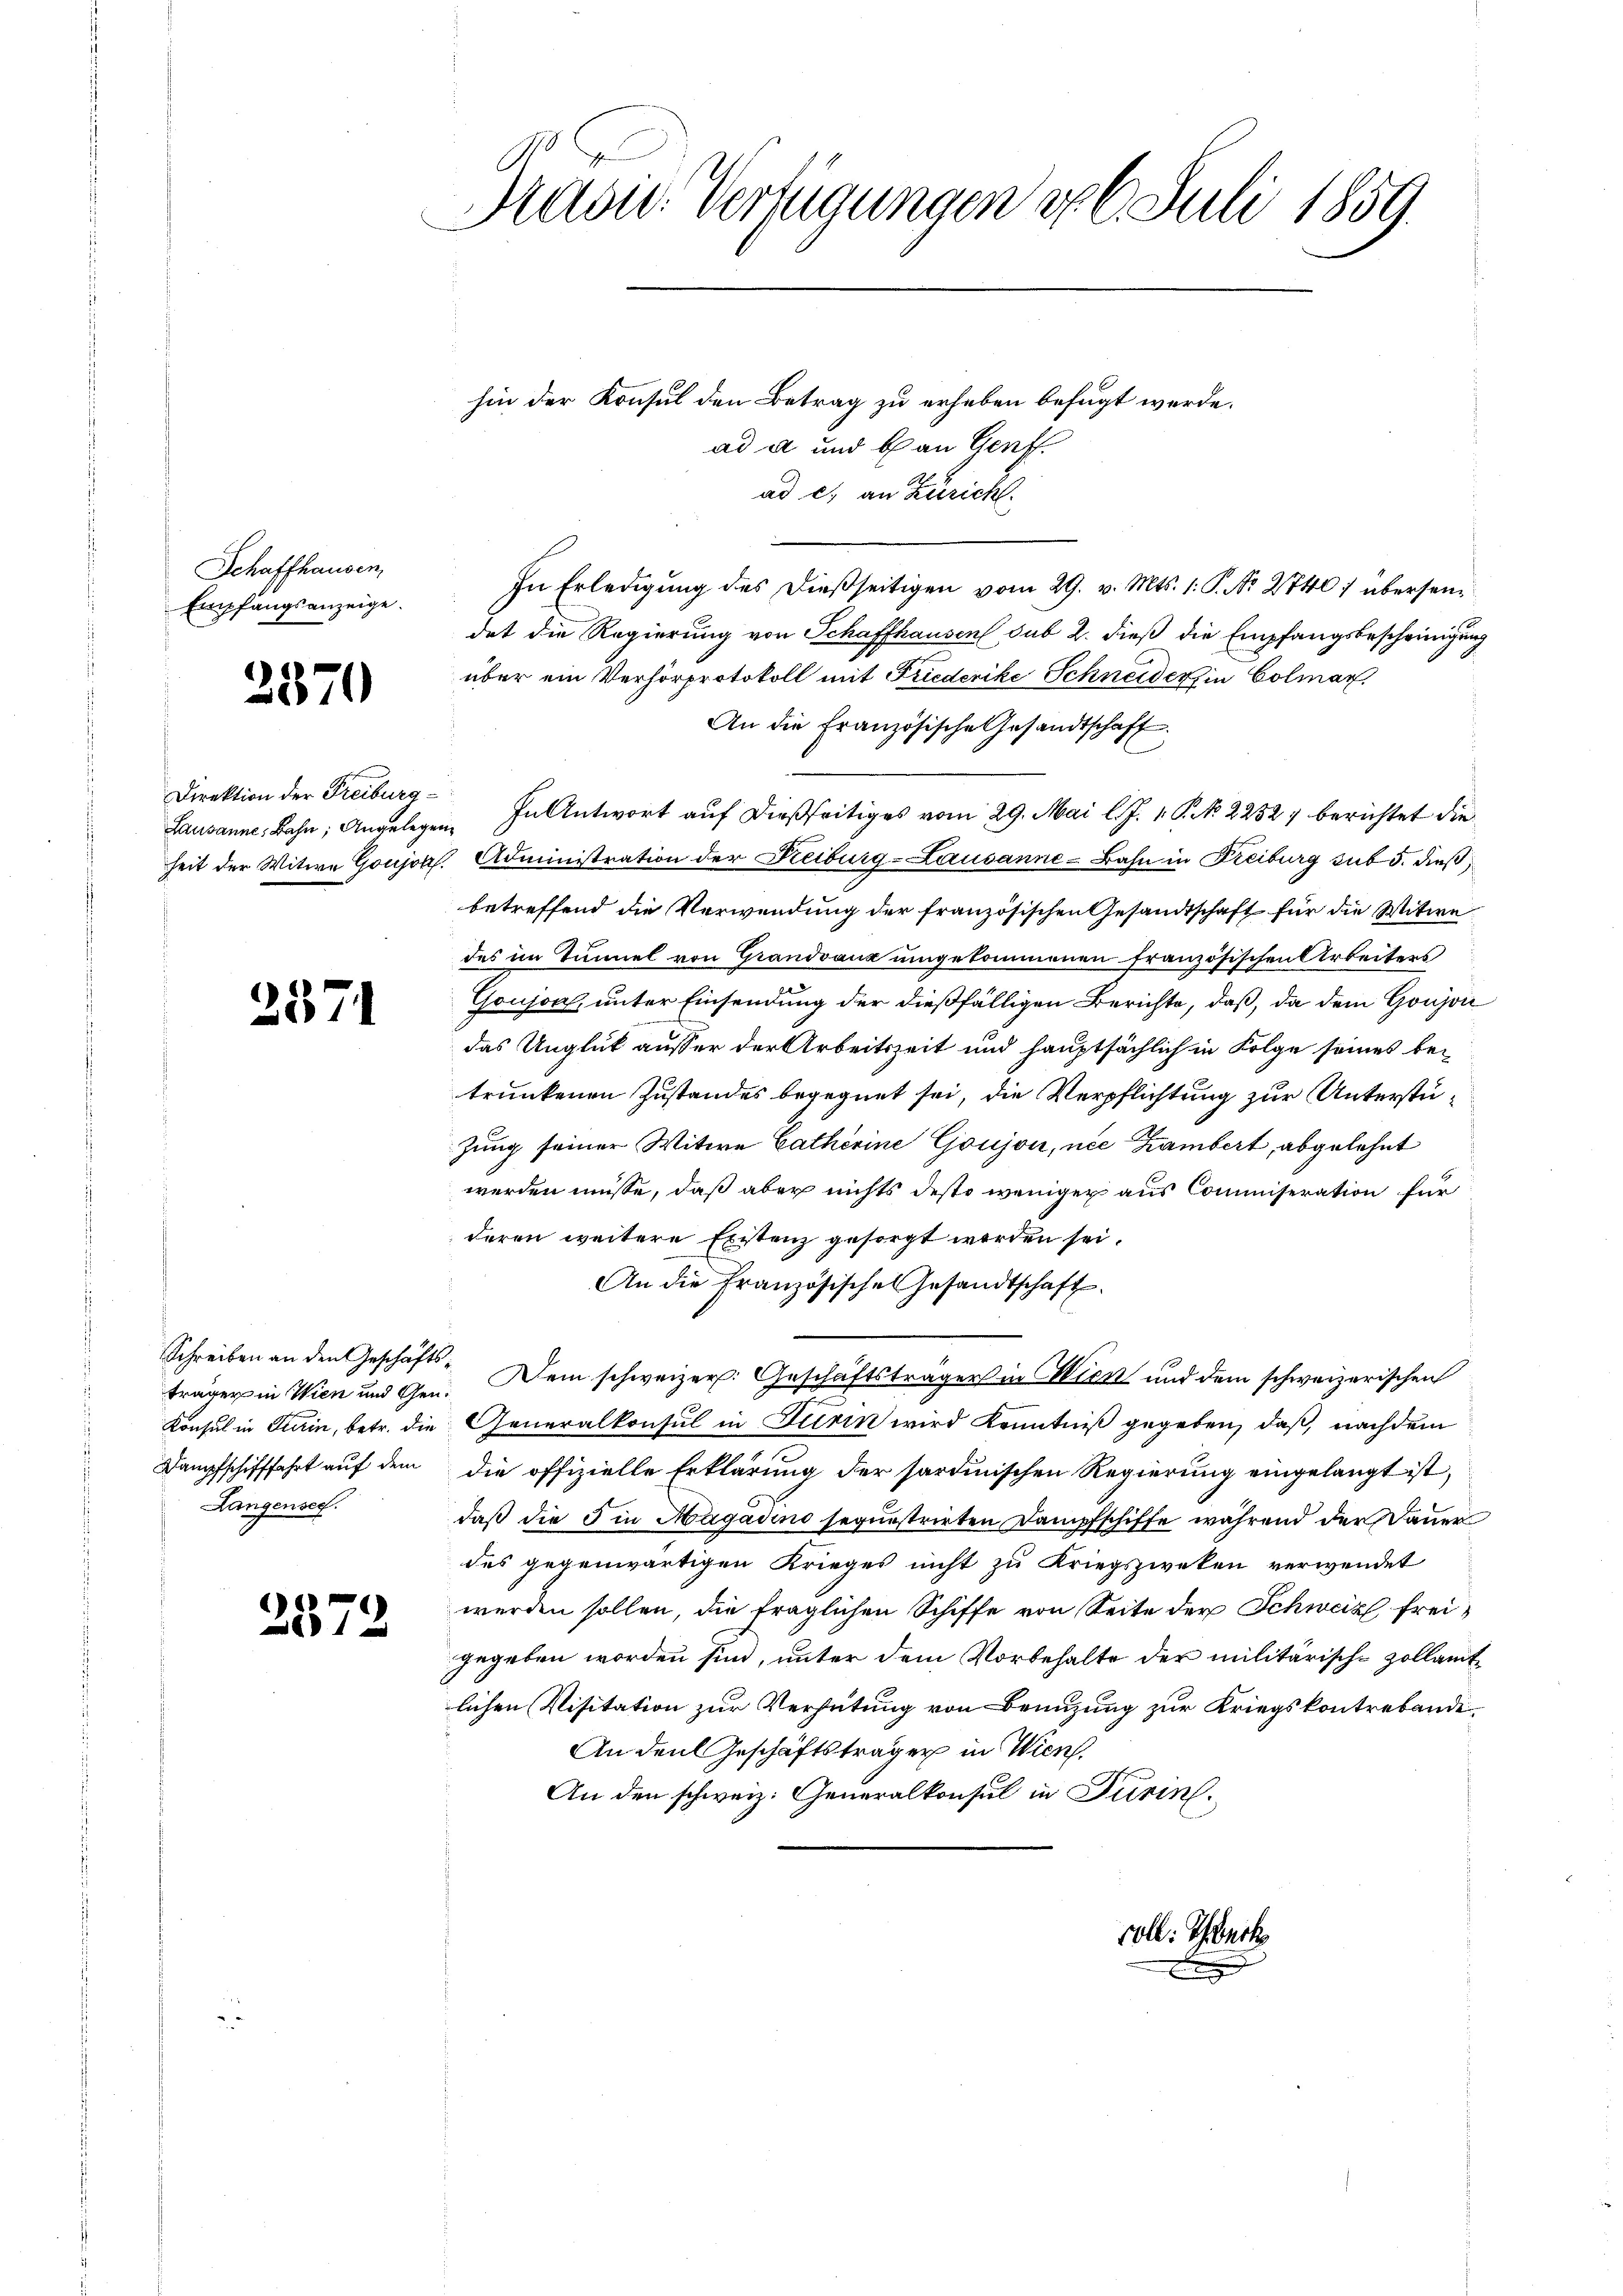
Schaffhausen,
Empfangsanzeige.

2370

257

Direktion der Freiburg
Lausanne, Bahn; Angelegen
heit der Witwe Goujsal.

574

träger in Wien und Gen.
Konsul in Turin, betr. die
Dampfschifffahrt auf dem
Langensee.

.

Masw. Verfügungen do 6. Juli 1859.

hin der Konsul den Betrag zu erheben befugt werde.
ad a und b. an Genf.
ad c) an Züricht.
In Erledigung des dießseitigen vom 29. v. Mts. 1. P. Nr. 2740; übersendet die Regierung von Schaffhausen sub 2. dieß die Empfangsbescheinigung
über ein Verhörprotokoll mit Friederike Schneiders in Colmar
An die Französische Gesandtschaft.
In Antwort auf dießseitiges vom 29. Mai l. J. v. P. N. 2232 berichtet die
 Administration der Reiburg-Lausanne-Bahn in Freiburg sub 5. dieß,
betreffend die Verwendung der französischen Gesandtschaft für die Witwe
des im Tunnel von Grandvanz umgekommenen französischen Arbeiters
Goujod, unter Einsendung der dießfälligen Berichte, daß, da dem Goujon
das Unglük ausser der Arbeitszeit und hauptsächlich in Folge seines betrunkenen Zustandes begegnet sei, die Verpflichtung zur Unterstüzung seiner Witwe Catherine Goujon, nee Kambert, abgelehnt
werden müsse, daß aber nichts desto weniger aus Commiseration für
deren weitere Existenz gesorgt werden sei.
An die französisches Gesandtschaft.
Schreiben an den Geschäfts¬ Dem schweizer. Geschäftsträger in Wien und dem schweizerischen
Generalkonsul in Turin wird Kenntniß gegeben, daß, nachdem
die offizielle Erklärung der sardinischen Regierung eingelangt ist,
daß die 3 in Hagadino sequestrirten Dampfschiffe während der Dauer
des gegenwärtigen Krieges nicht zu Kriegszweken verwendet
werden sollen, die fraglichen Schiffe von Seite der Schweiz freigegeben worden sind, unter dem Vorbehalte der militärische zollamtlichen Visitation zur Verhütung von Benuzung zur Kriegskontrebande
An den Geschäftsträger in Wien,
An den schweiz. Generalkonsul in Turin.

voll. Schwerk